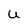
Character: U